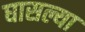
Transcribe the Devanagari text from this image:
घासल्या